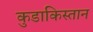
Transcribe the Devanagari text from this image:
कुडाकिस्तान